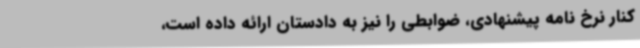
کنار نرخ نامه پیشنهادی، ضوابطی را نیز به دادستان ارائه داده است،